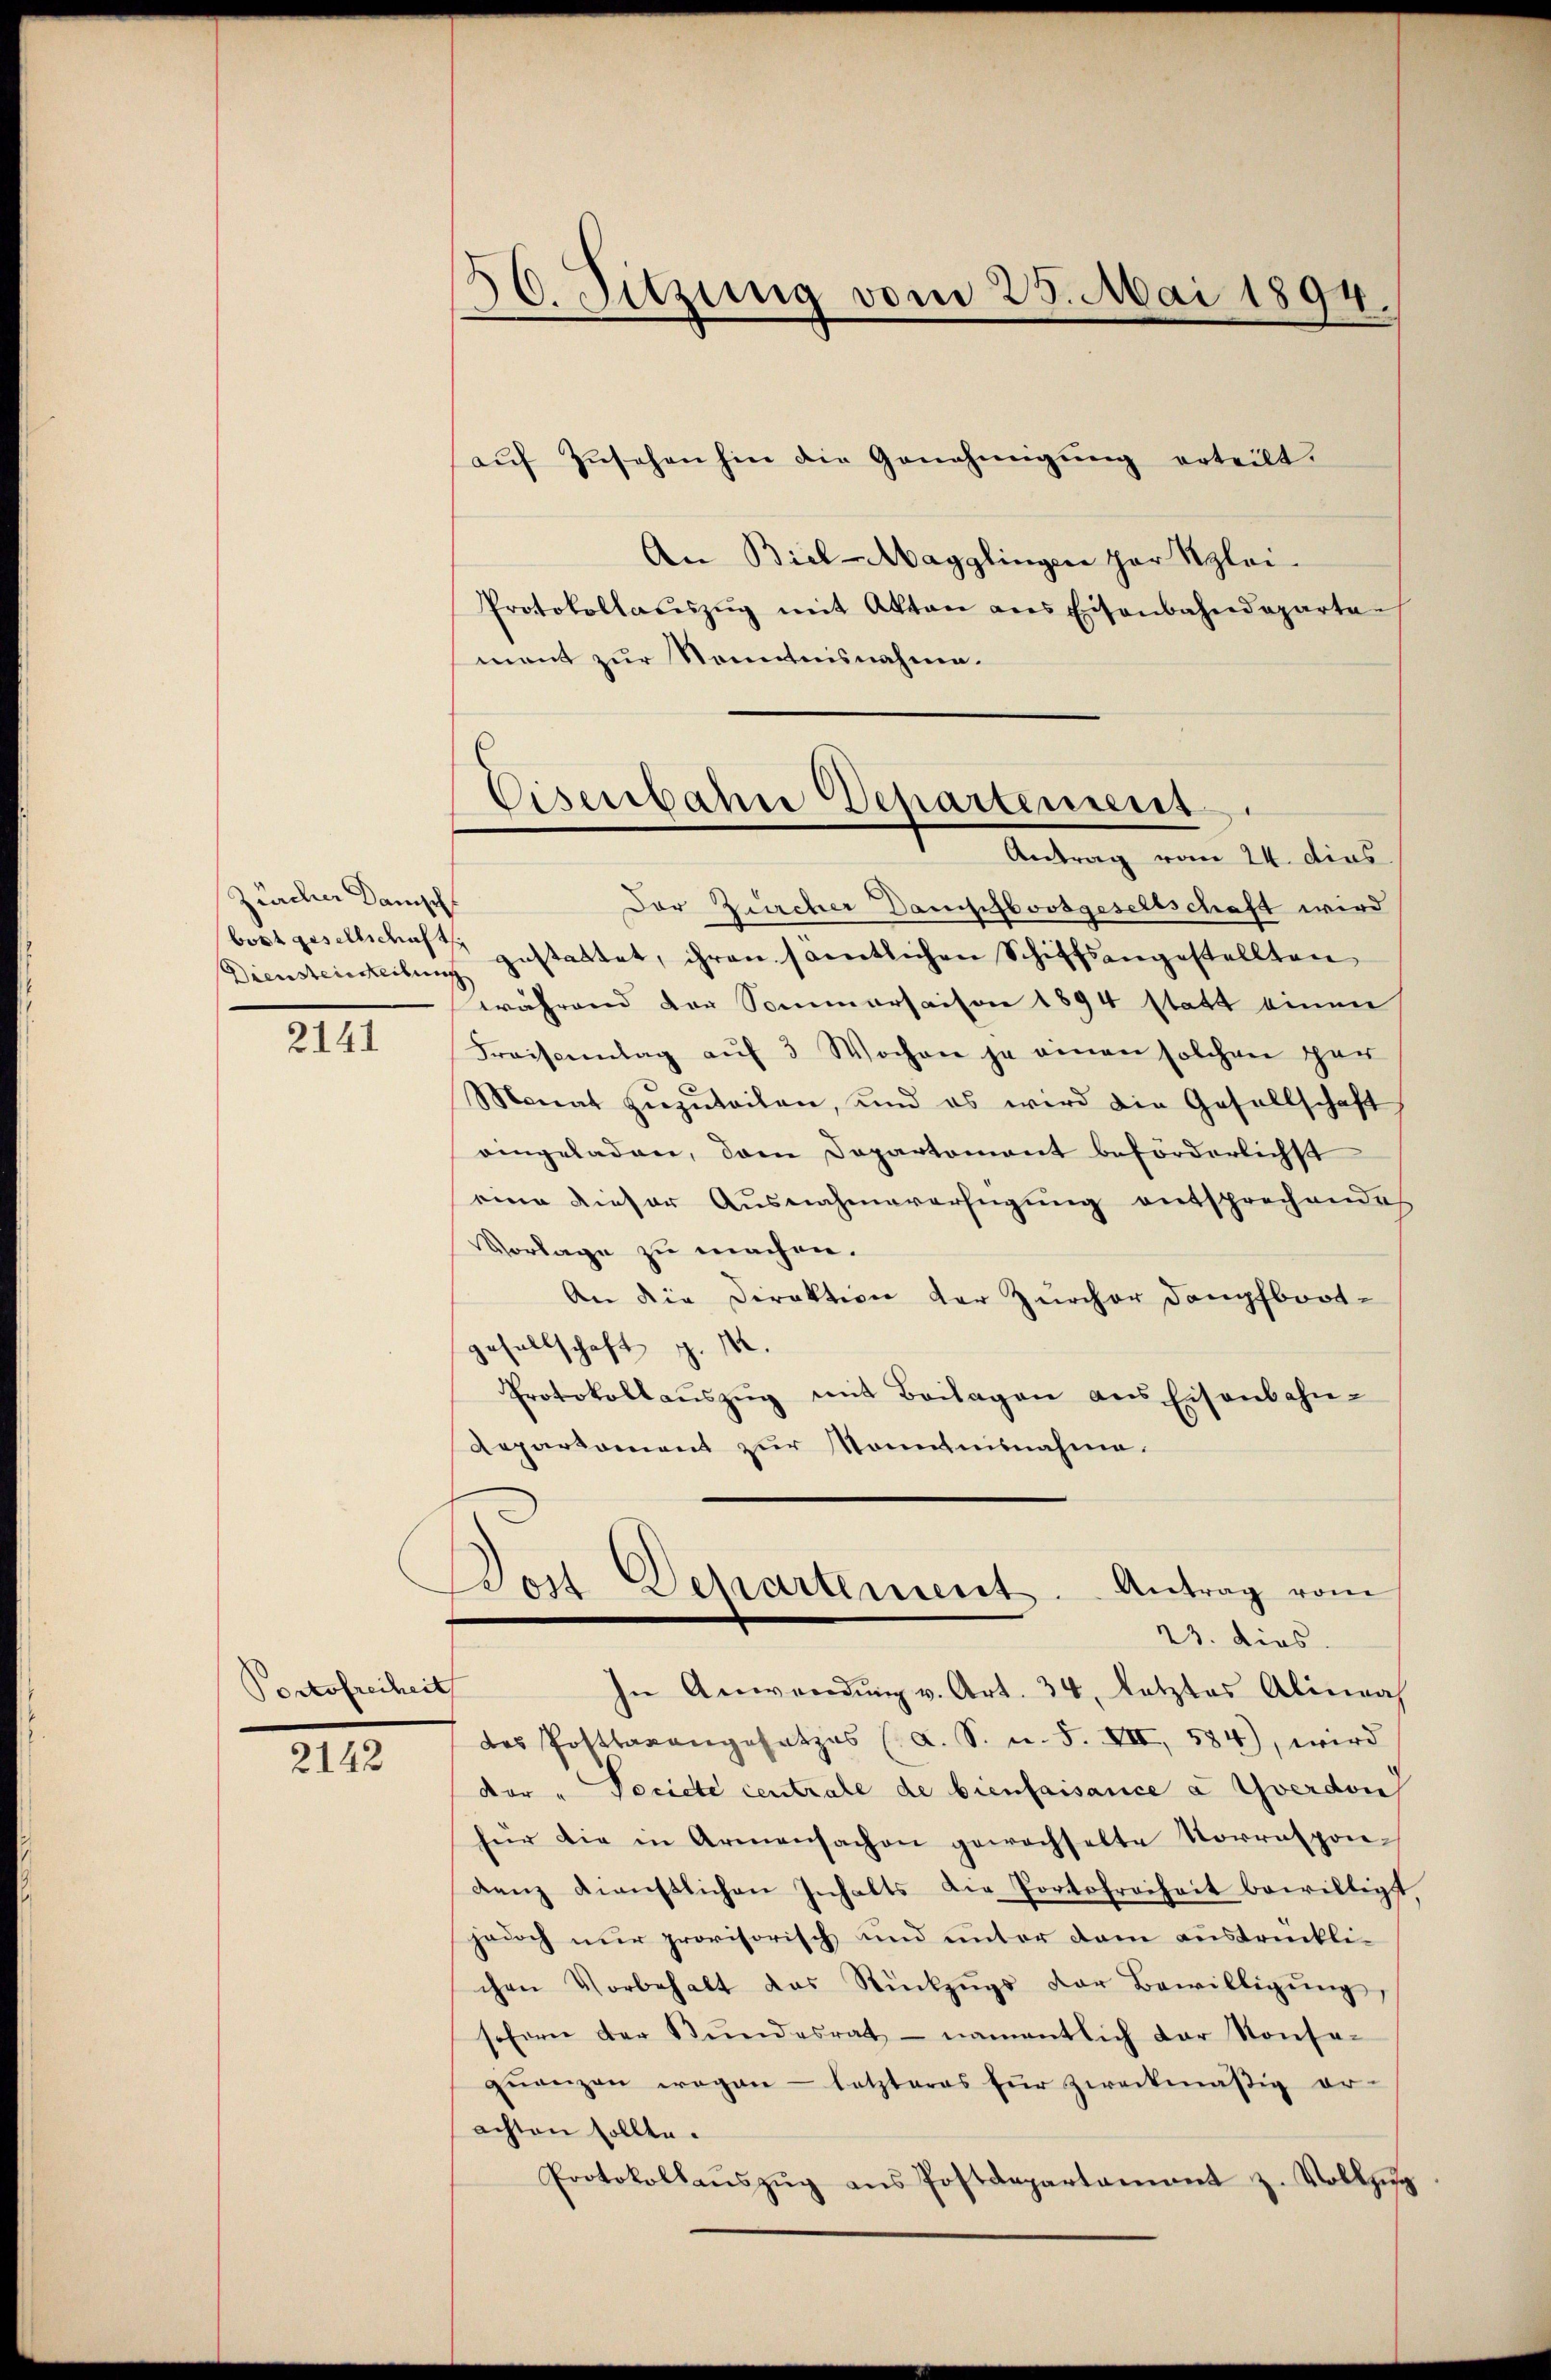
Zürcher Danisch
Dienstenteilung

2141

Portofreiheit

2142

aŭf Zŭsehen hin die Genehmigŭng erteilt.
An Biel-Magglingen par Klei
Protokollaŭszŭg mit Akten ans Eisenbahndeparta
ment zur Kenntnisnahme.
Der Zürcher Dampfboosgesellschaft wird
bort gesellsches gestattet, ihren samtlichen Schiffsangestellten
rährend der Sommersaison 1894 statt einen
Fraissentag aŭf 3 Wochen ja einen solchen gar
Monat zŭzŭteilen, und es wird die Gesellschaft
eingeladen, dann Departomant beförderlichst
eine dieser Ausnahmeverfügung entsprechendes
Vorlage zu machen.
An die Direktion der Zürcher Dampfboot-
gesellschaft z. 14.
Protokollaŭszŭg mit Beilagen aus Eisenbahn-
Aepartement zur Kenntnisnahme.
Bos Departement. Antrag vom
23. dies
In Anwendŭng v. Art. 34. Letztes Alinnah
das Postbarengesetzes (a. S. u. S. XII, 584), wird
dor "Tocicte centrale de bienfaisance à Yverdon
für die in Armensachen gewachselte Vorrespondenz dienstlichen Inhalts die Portsfreiheit bewilligt
jedoch nur provisorisch und unter dem ausdrücklichen Vorbehalt das Rückzŭgs der Bewilligŭng,
sofern der Stŭndesrat - namentlich der Konse-
qŭenzen wegen - letzteres für zweckmäßig er-
achten sollte.
Protokollaŭszŭg ans Postdepartamant z. Vollzŭg

56. Sitzung vom 25. Mai 1894.

Eisenbahn Departement
Antrag vom 24. dies